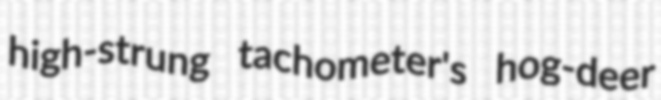
high-strung tachometer's hog-deer